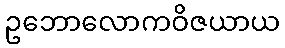
ဥဘောလောကဝိဇယာယ